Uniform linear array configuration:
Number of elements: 24
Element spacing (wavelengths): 0.5
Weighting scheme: hann
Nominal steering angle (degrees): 30
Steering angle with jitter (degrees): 30.251
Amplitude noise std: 0.05
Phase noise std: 0.05

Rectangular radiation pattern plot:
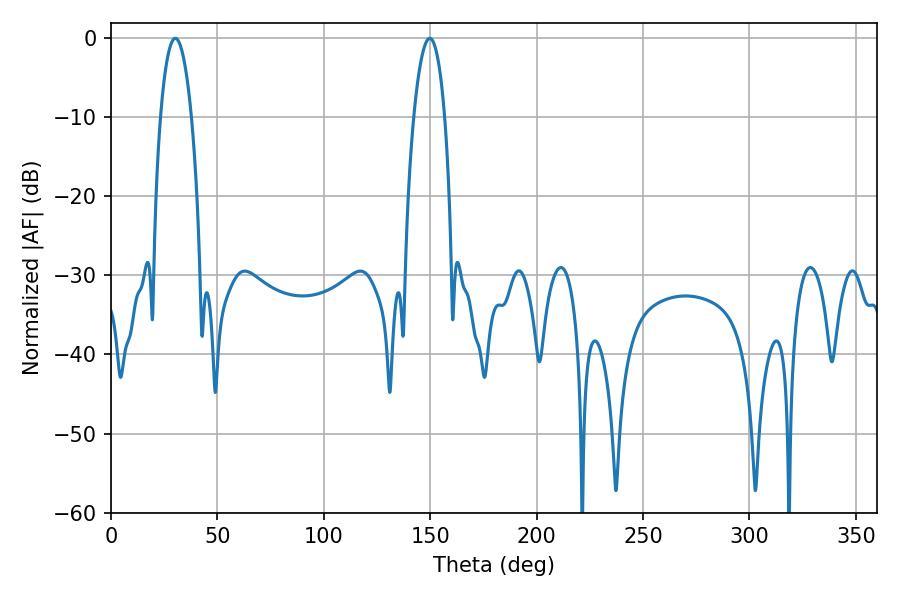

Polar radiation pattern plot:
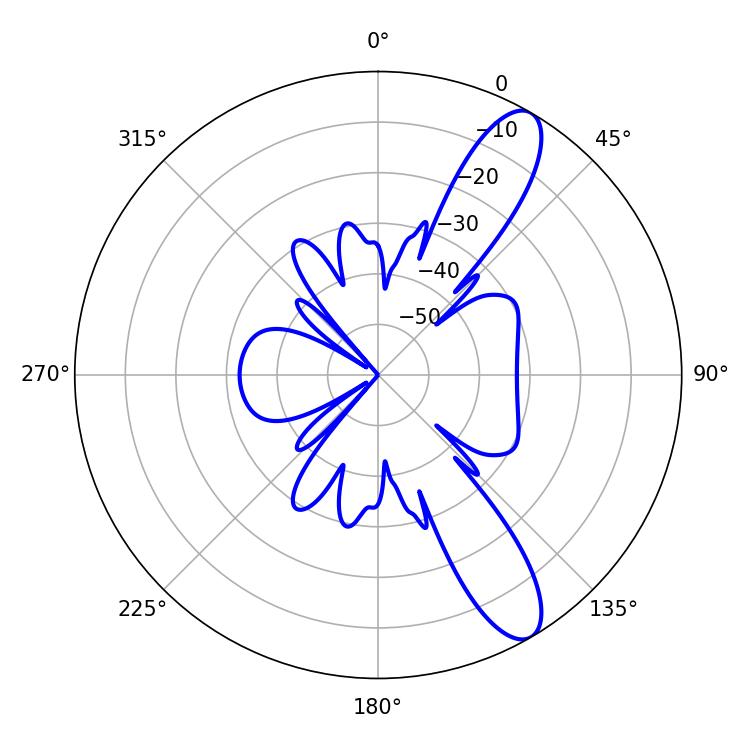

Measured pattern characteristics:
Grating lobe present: FALSE
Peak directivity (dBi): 11.162
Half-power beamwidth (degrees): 8.1
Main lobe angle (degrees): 30.24